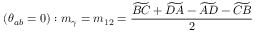
( \theta _ { a b } = 0 ) : m _ { \gamma } = m _ { 1 2 } = \frac { \widetilde { B C } + \widetilde { D A } - \widetilde { A D } - \widetilde { C B } } { 2 }